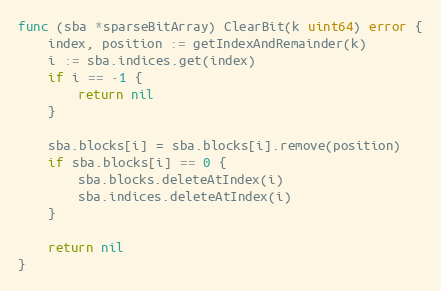
Language: Go
func (sba *sparseBitArray) ClearBit(k uint64) error {
	index, position := getIndexAndRemainder(k)
	i := sba.indices.get(index)
	if i == -1 {
		return nil
	}

	sba.blocks[i] = sba.blocks[i].remove(position)
	if sba.blocks[i] == 0 {
		sba.blocks.deleteAtIndex(i)
		sba.indices.deleteAtIndex(i)
	}

	return nil
}